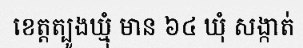
ខេត្តត្បូងឃ្មុំ មាន ៦៤ ឃុំ សង្កាត់